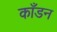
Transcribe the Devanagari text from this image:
काँडन